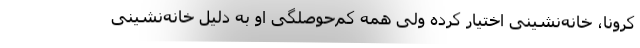
کرونا، خانه‌نشینی اختیار کرده ولی همه کم‌حوصلگی او به دلیل خانه‌نشینی